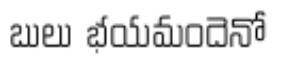
బులు భయమందెనో